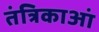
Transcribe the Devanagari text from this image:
तंत्रिकाआं